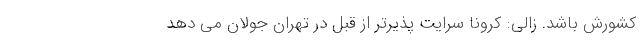
کشورش باشد. زالی: کرونا سرایت پذیرتر از قبل در تهران جولان می دهد